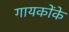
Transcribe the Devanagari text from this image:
गायकोंके